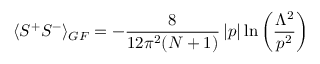
\langle S ^ { + } S ^ { - } \rangle _ { G F } = - \frac { 8 } { 1 2 \pi ^ { 2 } ( N + 1 ) } \left| p \right| \ln \left( \frac { \Lambda ^ { 2 } } { p ^ { 2 } } \right)